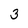
Character: 3